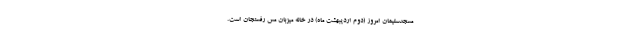
مسجدسلیمان امروز (دوم اردیبهشت ماه) در خانه میزبان مس رفسنجان است.